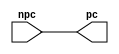

`timescale 1ns / 1ps
//////////////////////////////////////////////////////////////////////////////////
// Student: HAU TAO
// Module Name:    progrmCounter
//////////////////////////////////////////////////////////////////////////////////
module programCounter(npc, pc);
     input[31:0] npc;
     output [31:0] pc;
     assign pc = npc;
endmodule